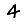
Digit: 4